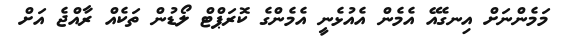
މަމެންނަށް އިނގެއޭ އެމެން އެއުޅެނީ އެމެންގެ ކޮރަޕްޓް ލޯޑުން ތަކެއް ރާއްޖެ އަށް